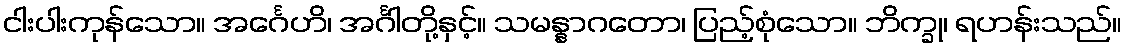
ငါးပါးကုန်သော။ အင်္ဂေဟိ၊ အင်္ဂါတို့နှင့်။ သမန္နာဂတော၊ ပြည့်စုံသော။ ဘိက္ခု၊ ရဟန်းသည်။